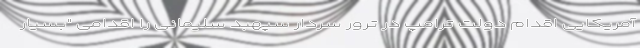
آمریکایی اقدام دولت ترامپ در ترور سردار سپهبد سلیمانی را اقدامی "بسیار